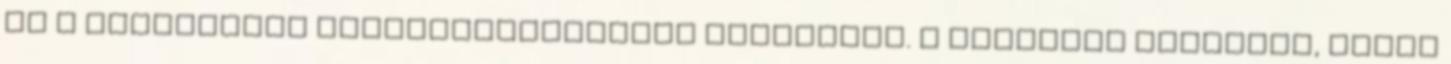
és a vacsorához elengedhetetlenül szükséges. A matrózok kötöznek, ahogy